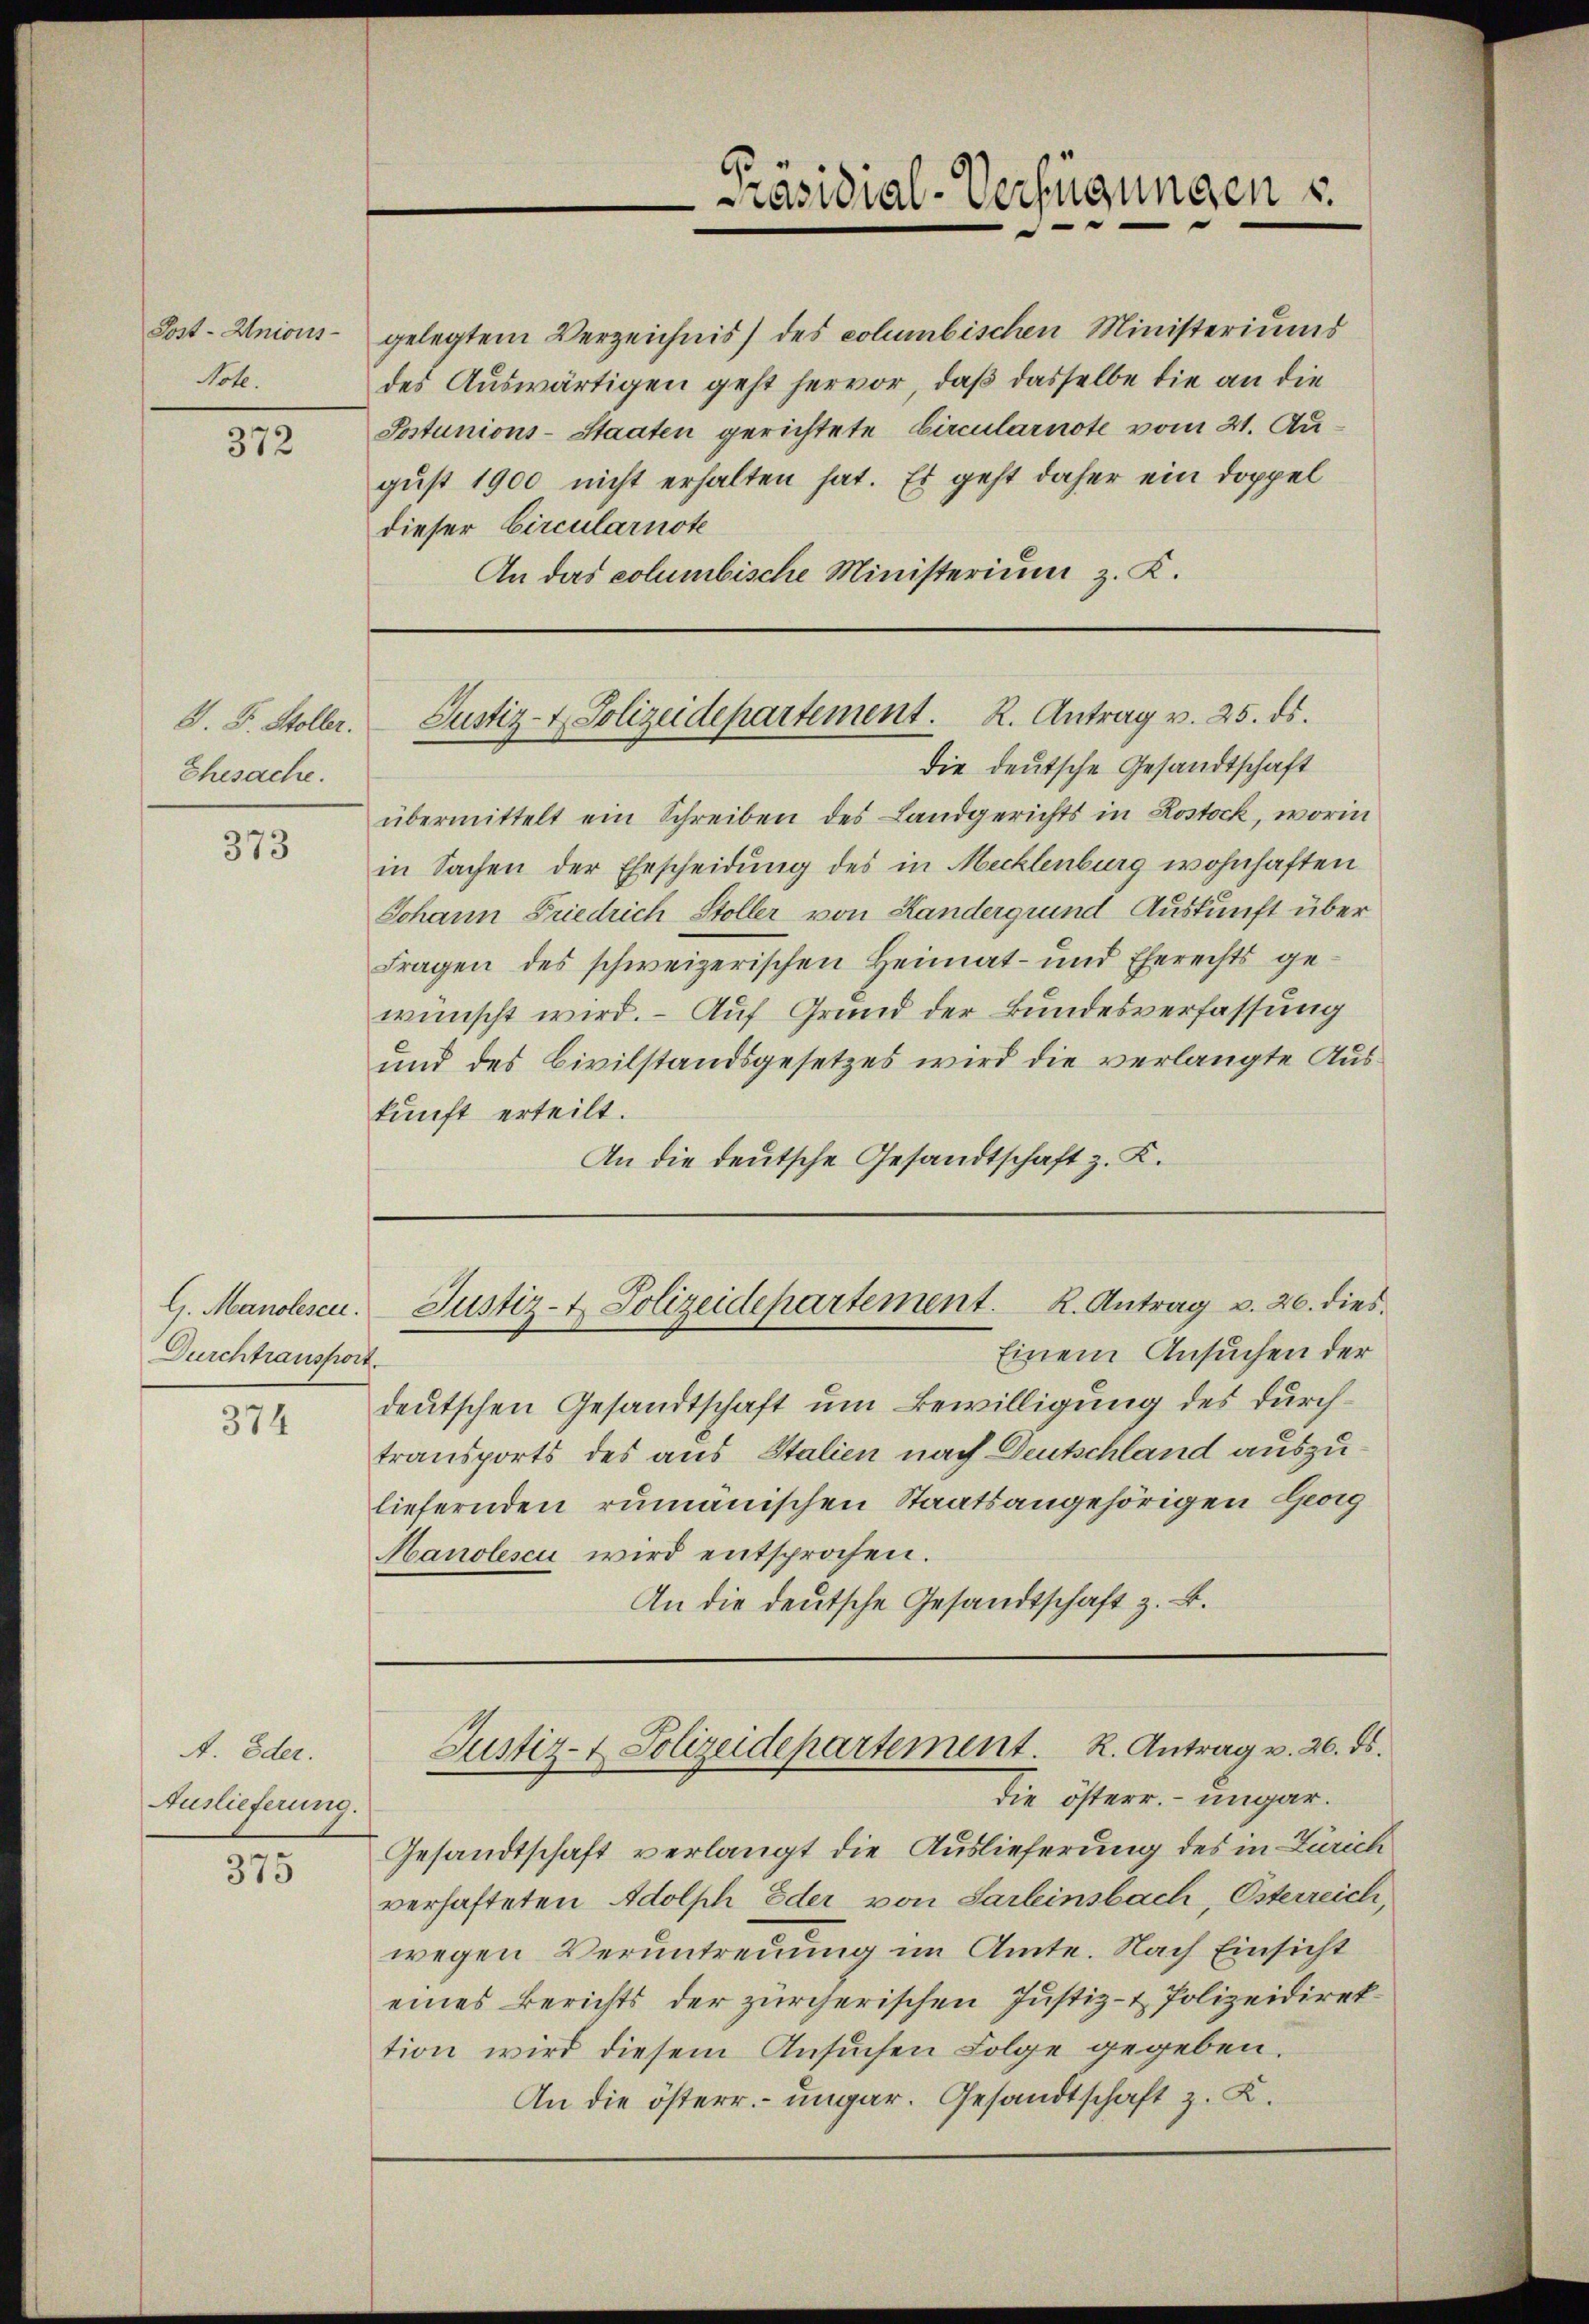
Post-Unions-
Note.

372

Ehesache.

373

Durchtransport

374

A. Oder.
Auslieferung.

375

gelegtem Verzeichnis) des columbischen Ministeriums
des Auswärtigen geht hervor, daß dasselbe die an die
Postunions-Staaten gerichtete Circularnote vom 21. Au-
gust 1900 nicht erhalten hat. Es geht daher ein Doppel
dieser Circularnote
An das columbische Ministerium z. K.

die deutsche Gesandtschaft
übermittelt ein Schreiben des Landgerichts in Rostock, worin
in Sachen der Ehescheidung des in Mecklenburg wohnhaften
Johann Friedrich Stoller von Kandergrund Auskunft über
Fragen des schweizerischen Heimat- und Eherechts gewünscht wird. – Auf Grund der Bundesverfassung
und des Civilstandsgesetzes wird die verlangte Auskunft erteilt.
An die deutsche Gesandtschaft z. K.

Präsidial-Verfügungen s
d

S. F. Stoller. Justiz- & Polizeidepartement. R. Antrag v. 25. ds.

Einem Ansuchen der
deutschen Gesandtschaft um Bewilligung des durchtransports des aus Italien nach Deutschland auszuliefernden rumänischen Staatsangehörigen Georg
Manolescu wird entsprochen.
An die deutsche Gesandtschaft z. B.

G. Manolesen. Justiz- & Polizeidepartement. R. Antrag u. 26. dies

Justiz- & Polizeidepartement. K. Antrag v. 26. ds.

die österr. – ungar.
Gesandtschaft verlangt die Auslieferung des in Zürich
verhafteten Adolph Eder von Sarleinsbach, Osterreich,
wegen Veruntreuung im Amte. Nach Einsicht
eines Berichts der zürcherischen Justiz- & Polizeidirektion wird diesem Ansuchen Folge gegeben.
An die österr. ungar. Gesandtschaft z. K.